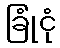
ခြုံငုံ